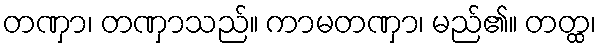
တဏှာ၊ တဏှာသည်။ ကာမတဏှာ၊ မည်၏။ တတ္ထ၊